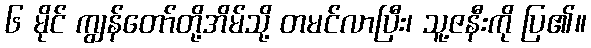
၆ မိုင် ကျွန်တော်တို့အိမ်သို့ တမင်လာပြီး၊ သူ့ဇနီးကို ပြ၏။